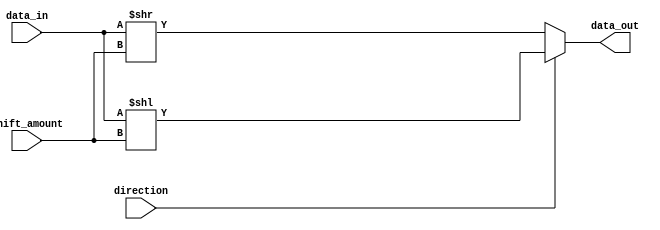
module BarrelShifter(
    input [7:0] data_in,
    input [2:0] shift_amount,
    input direction,
    output reg [7:0] data_out
);

reg [7:0] shifted_data;

always @(*) begin
    if (direction == 1) begin
        shifted_data = data_in << shift_amount;
    end else begin
        shifted_data = data_in >> shift_amount;
    end
end

assign data_out = shifted_data;

endmodule